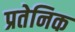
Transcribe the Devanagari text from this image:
प्रतेनिक